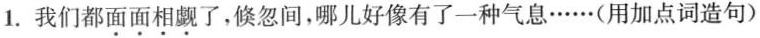
1.我们都面面相觑了，倏忽间，哪儿好像有了一种气息……(用加点词造句)